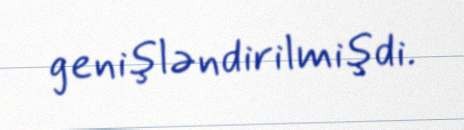
genişləndirilmişdi.